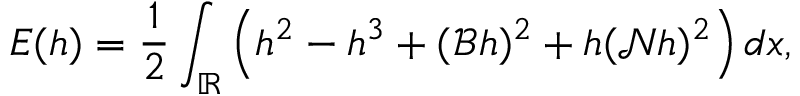
E ( h ) = \frac { 1 } { 2 } \int _ { \mathbb R } \left( h ^ { 2 } - h ^ { 3 } + ( \mathscr { B } h ) ^ { 2 } + h ( \mathscr { N } h ) ^ { 2 } \right) d x ,